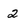
Character: 2